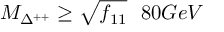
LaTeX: M _ { \Delta ^ { + + } } \geq \sqrt { f _ { 1 1 } } ~ ~ 8 0 G e V